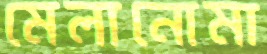
মেলানোমা